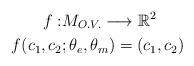
LaTeX: \begin{align*}f: & M_{O.V.} \longrightarrow \mathbb{R}^2 \\f(c_1,c_2 &; \theta_e, \theta_m) = ( c_1, c_2)\end{align*}